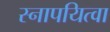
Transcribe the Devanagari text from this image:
स्नापयित्वा